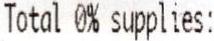
TOTAL 0% SUPPLIES: